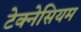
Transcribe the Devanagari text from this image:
टेक्नेसियम